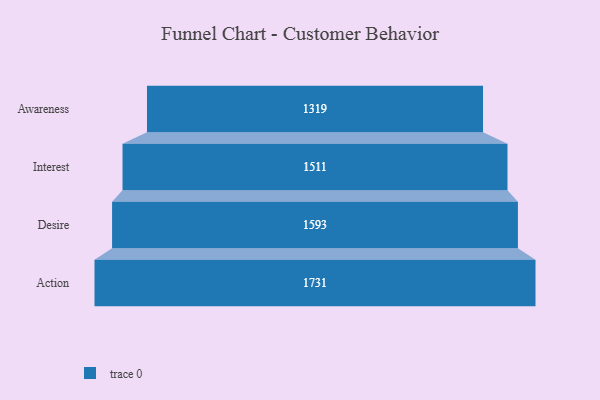
{"axis": {"x": "Stage", "y": "Value"}, "legend": [""], "data": [{"x": "Awareness", "y": 1319.0, "type": ""}, {"x": "Interest", "y": 1511.0, "type": ""}, {"x": "Desire", "y": 1593.0, "type": ""}, {"x": "Action", "y": 1731.0, "type": ""}]}